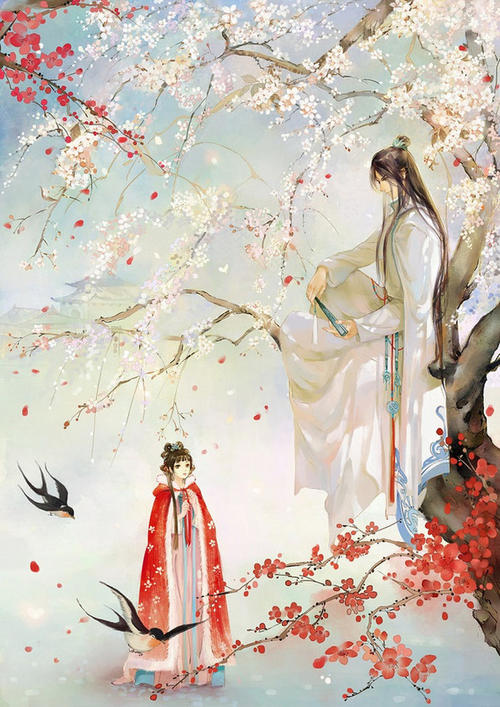
若似月轮终皎洁，不辞冰雪为卿热。